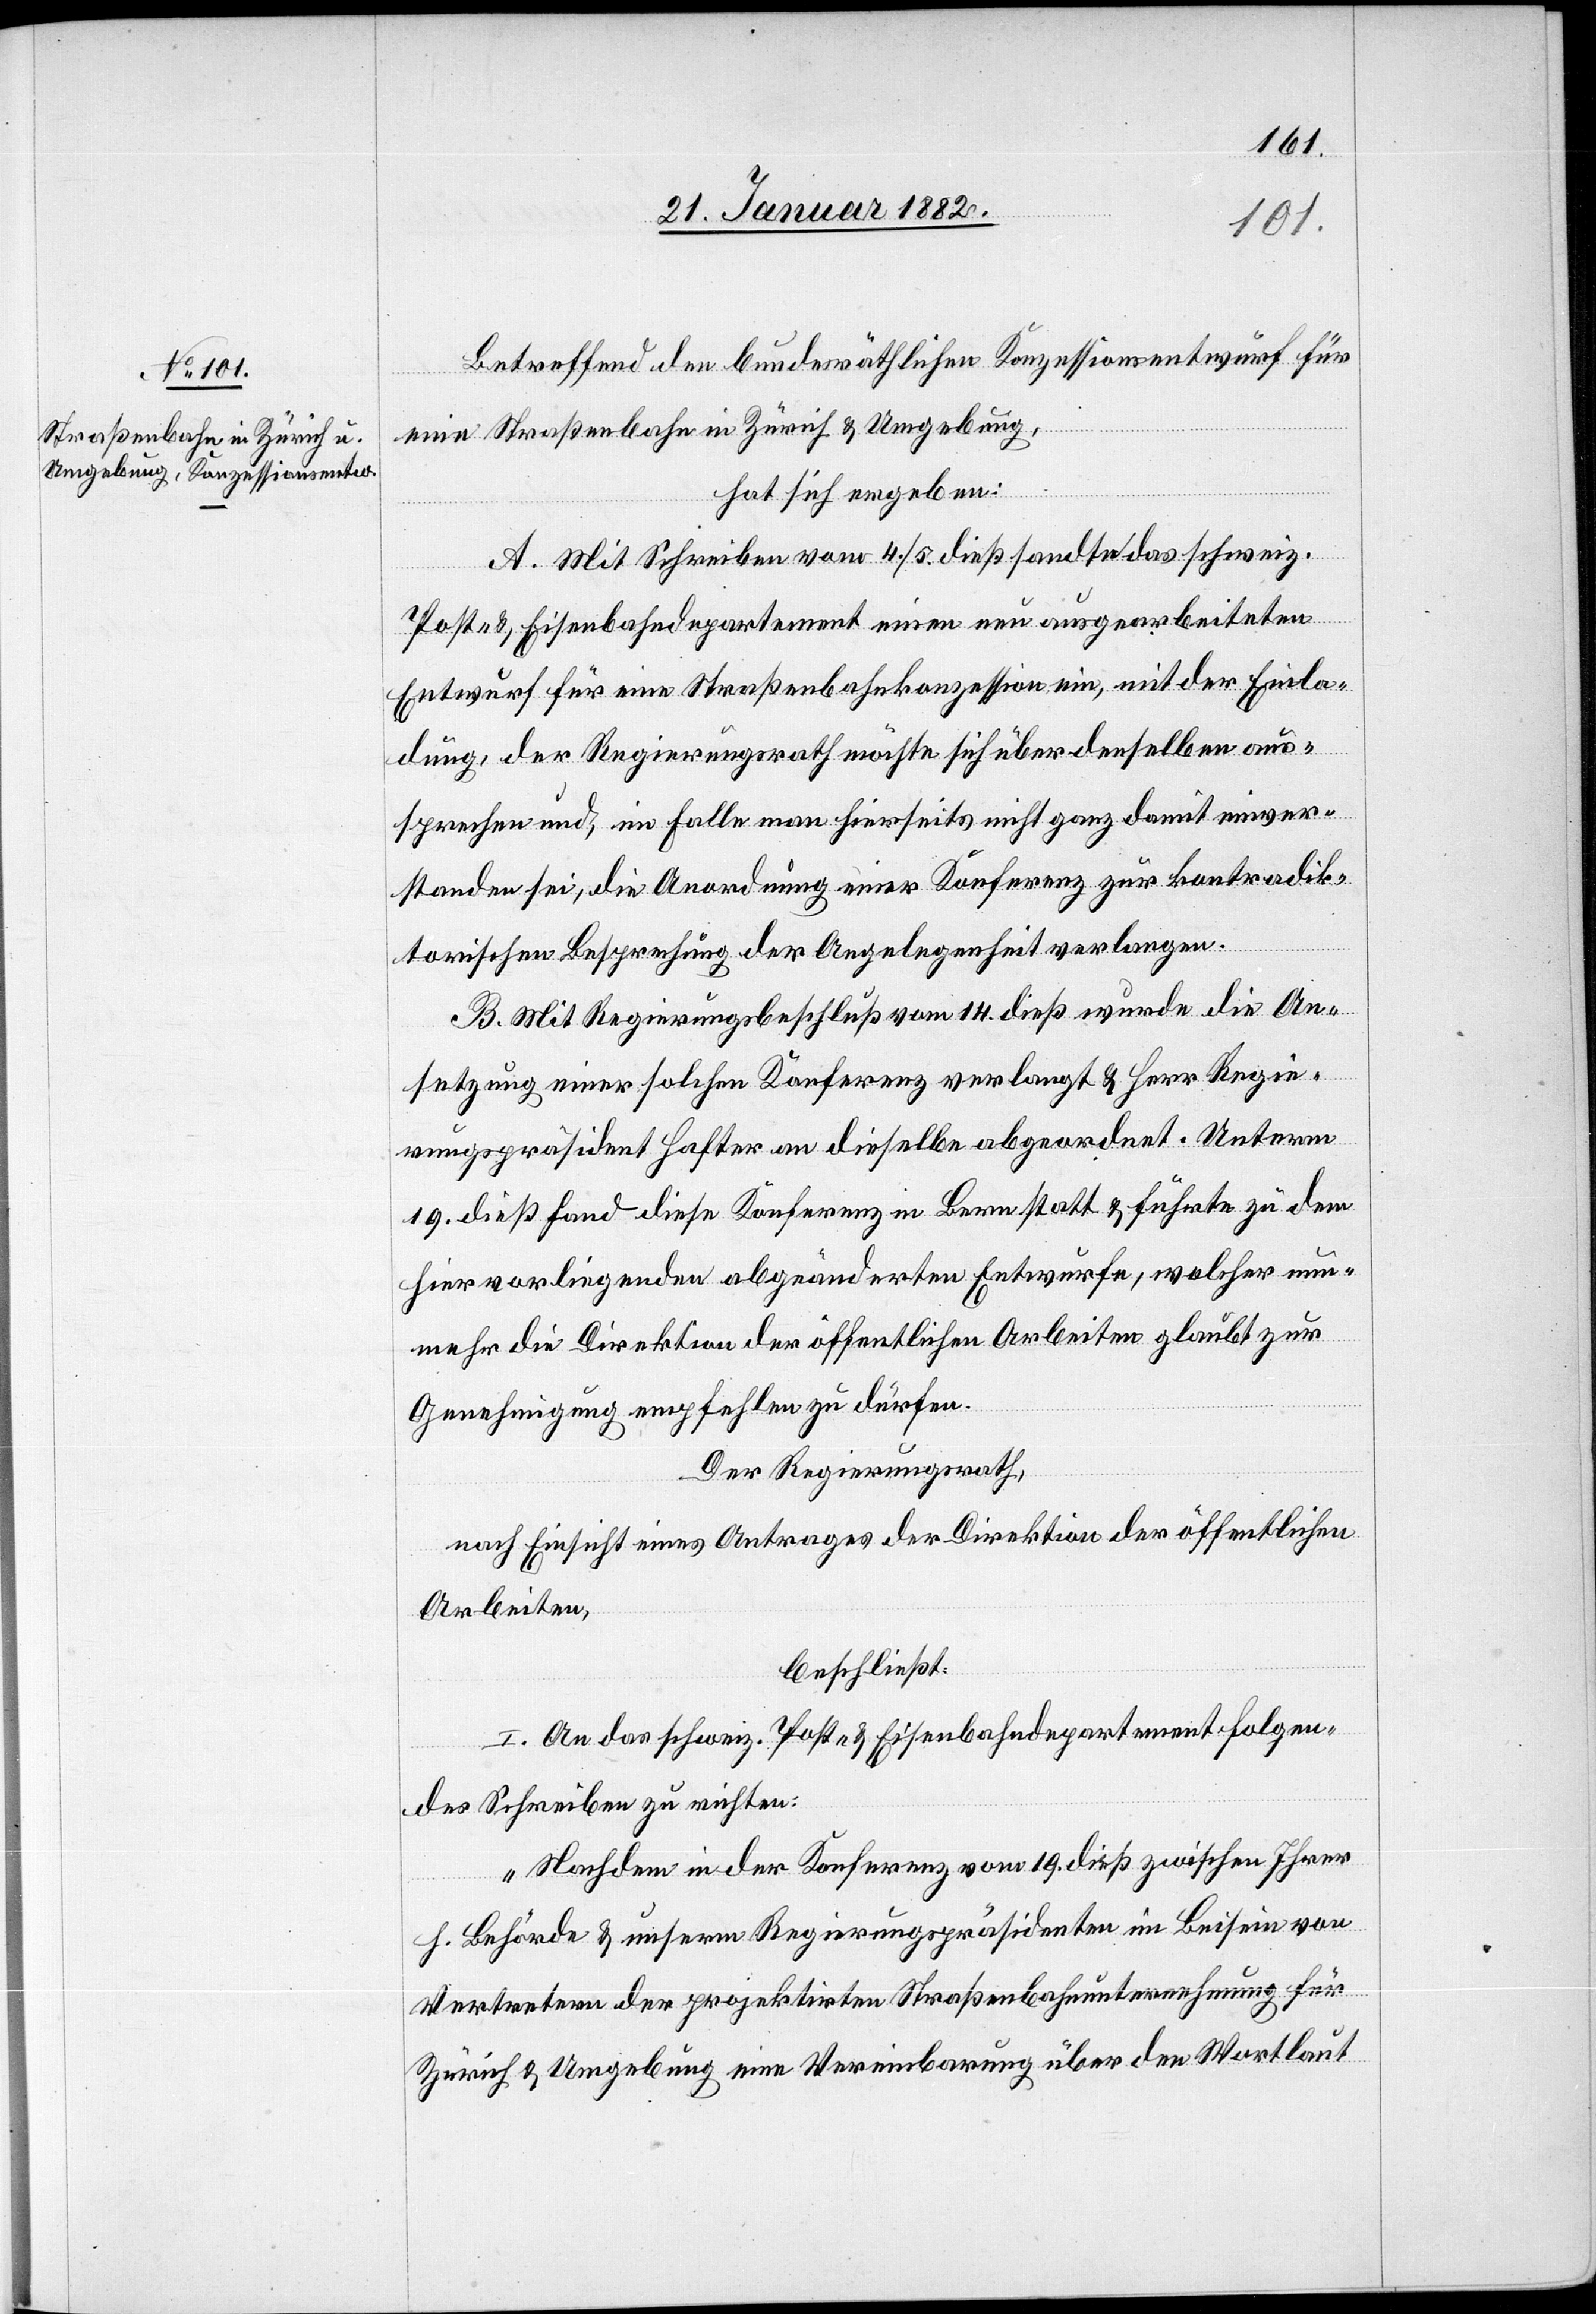
Betreffend den bundesräthlichen Konzessionsentwurf für
eine Straßenbahn in Zürich & Umgebung,
hat sich ergeben:
A. Mit Schreiben vom 4./5. dieß sandte das schweiz.
Post- & Eisenbahndepartement einen neu ausgearbeiteten
Entwurf für eine Straßenbahnkonzession ein, mit der Einla¬
dung, der Regierungsrath möchte sich über denselben aus¬
sprechen und, im Falle man hierseits nicht ganz damit einver¬
standen sei, die Anordnung einer Konferenz zur kontradik¬
torischen Besprechung der Angelegenheit verlangen.
B. Mit Regierungsbeschluß vom 14. dieß wurde die An¬
setzung einer solchen Konferenz verlangt & Herr Regie¬
rungspräsident Hafter an dieselbe abgeordnet. Unterem
19. dieß fand diese Konferenz in Bern statt & führte zu dem
hier vorliegenden abgeänderten Entwurfe, welcher nun¬
mehr die Direktion der öffentlichen Arbeiten glaubt zur
Genehmigung empfehlen zu dürfen.
Der Regierungsrath,
nach Einsicht eines Antrages der Direktion der öffentlichen
Arbeiten,
beschließt:
I. An das schweiz. Post- & Eisenbahndepartement folgen¬
des Schreiben zu richten:
„Nachdem in der Konferenz vom 19. dieß zwischen Ihrer
h. Behörde & unserem Regierungspräsidenten in Beisein von
Vertretern der projektirten Straßenbahnunternehmung für
Zürich & Umgebung eine Vereinbarung über den Wortlaut